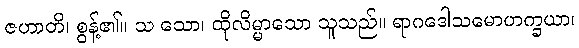
ဇဟာတိ၊ စွန့်၏။ သ သော၊ ထိုလိမ္မာသော သူသည်။ ရာဂဒေါသမောဟက္ခယာ၊